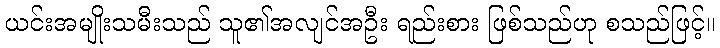
ယင်းအမျိုးသမီးသည် သူ၏အလျင်အဦး ရည်းစား ဖြစ်သည်ဟု စသည်ဖြင့်။